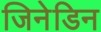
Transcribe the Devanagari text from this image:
जिनेडिन